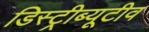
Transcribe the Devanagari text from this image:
डिस्ट्रीब्यूटीव